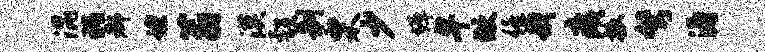
混瑰都蝗蓊漠彀制栗少墀卑做僖我痍振弩涛